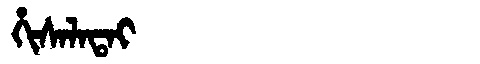
Manchu: ᡥᡳᠰᠠᠯᠠᡨᠠᡳ
Romanization: HISALATAI